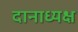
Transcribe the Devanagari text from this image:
दानाध्यक्ष